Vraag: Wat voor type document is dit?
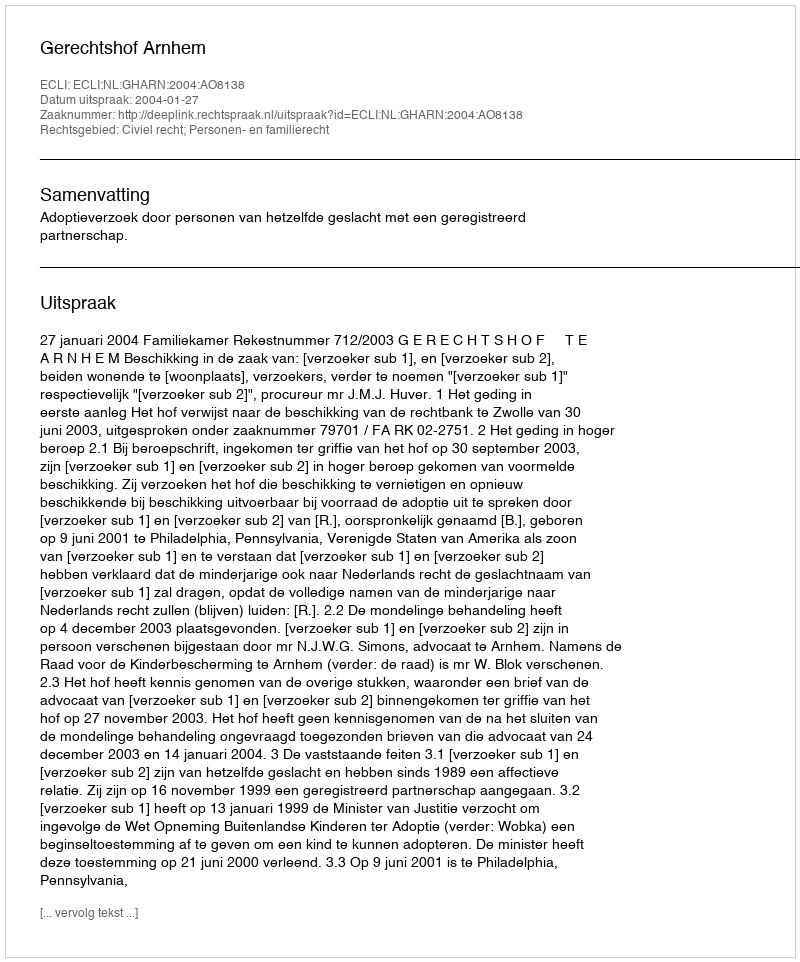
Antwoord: Uitspraak